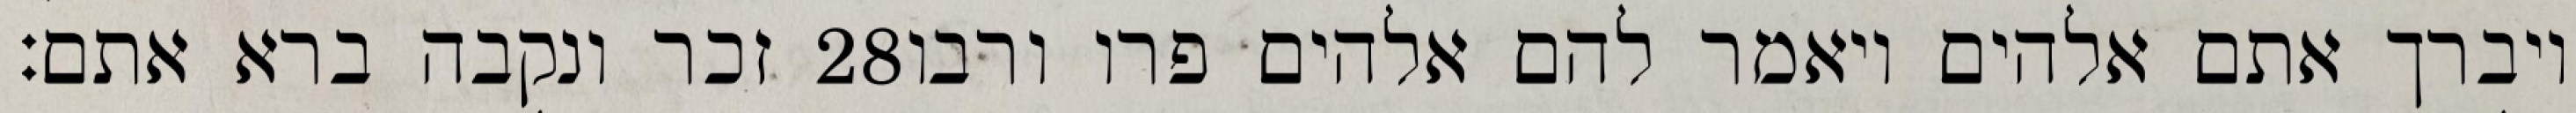
זכר ונקבה ברא אתם׃ ‎28‏ ויברך אתם אלהים ויאמר להם אלהים פרו ורבו